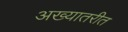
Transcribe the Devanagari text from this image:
अख्यातरीत